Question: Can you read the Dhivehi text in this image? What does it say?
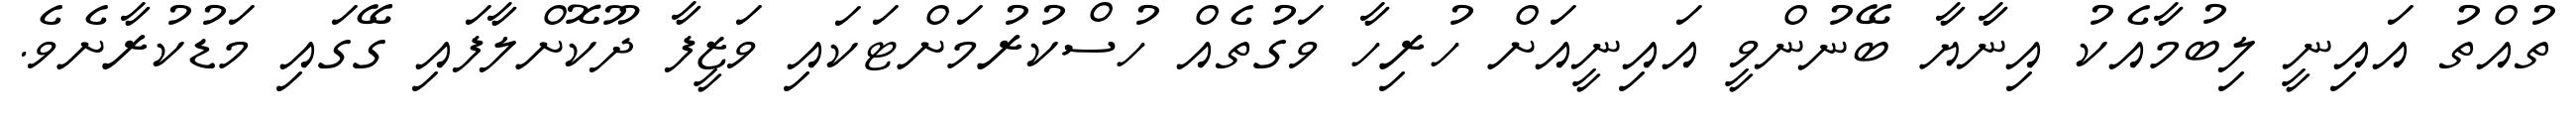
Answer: ތުއްތު އައިނީ ލިބުމާއެކު އިނާޔާ ބޭނުންވީ އައިނީއަށް ހުރިހާ ވަގުތެއް ހުސްކުރުމަށްޓަކައި ވަޒީފާ ދޫކޮށްލާފައި ގޭގައި މަޑުކުރާށެވެ.